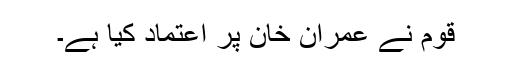
قوم نے عمران خان پر اعتماد کیا ہے۔